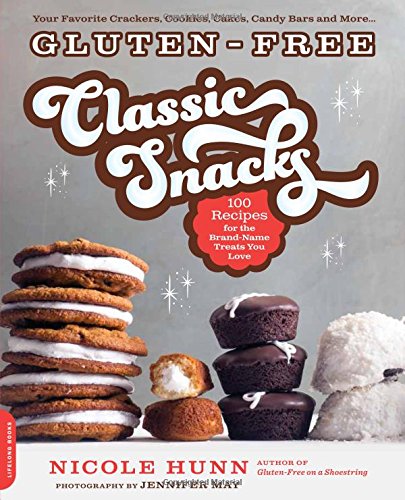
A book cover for Gluten-Free Classic Snacks: 100 Recipes for the Brand-Name Treats You Love (Gluten-Free on a Shoestring); Nicole Hunn; Cookbooks, Food & Wine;